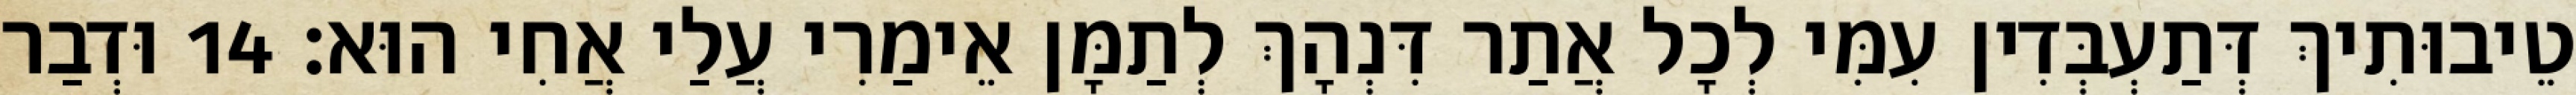
טֵיבוּתִיךְ דְּתַעְבְּדִין עִמִּי לְכָל אֲתַר דִּנְהָךְ לְתַמָּן אֵימַרִי עֲלַי אֲחִי הוּא׃ 14 וּדְבַר